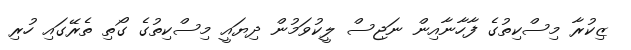
ޒިކުރާ މިސްކިތުގެ ފާހާނާއިން ނަޖިސް ލީކުވަމުން ދިޔައީ މިސްކިތުގެ ގޯތި ތެރޭގައި ހުރި